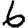
Digit: 6